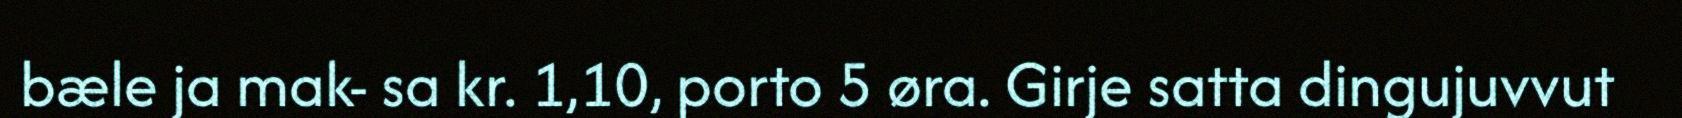
bæle ja mak- sa kr. 1,10, porto 5 øra. Girje satta dingujuvvut